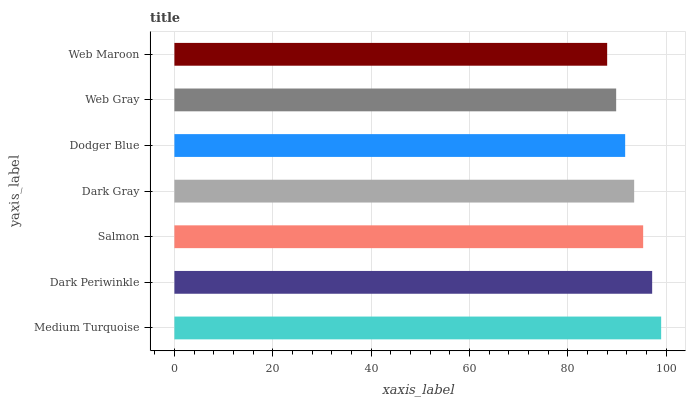
| yaxis_label | bars |
 | --- | --- |
 | Medium Turquoise | 99 |
 | Dark Periwinkle | 97.2 |
 | Salmon | 95.3 |
 | Dark Gray | 93.5 |
 | Dodger Blue | 91.7 |
 | Web Gray | 89.8 |
 | Web Maroon | 88 |